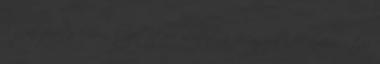
a a pályázati kiírás közzététele előtt a Magyar Államkincstár